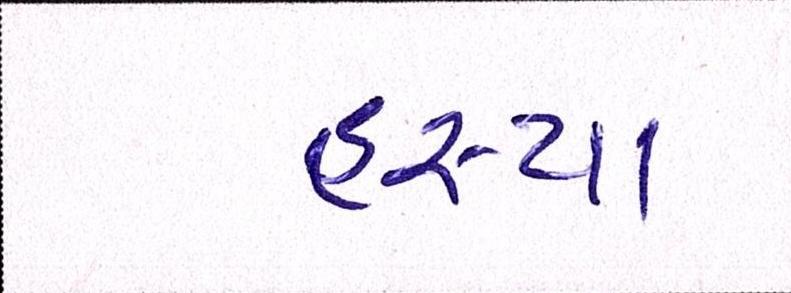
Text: હસ્યા